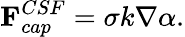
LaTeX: \textbf{F}_{cap}^{CSF}=\sigma k\nabla\alpha.